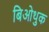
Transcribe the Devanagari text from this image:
बिओथुक